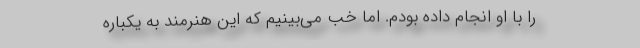
را با او انجام داده بودم. اما خب می‌بینیم که این هنرمند به یکباره